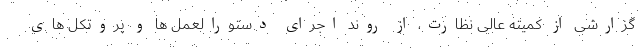
گزارشی از کمیته عالی نظارت، از روند اجرای دستورالعمل ها و پروتکل های